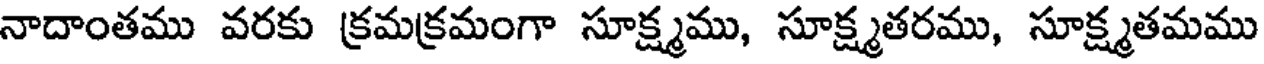
నాదాంతము వరకు క్రమక్రమంగా సూక్ష్మము, సూక్ష్మతరము, సూక్ష్మతమము